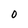
Character: O